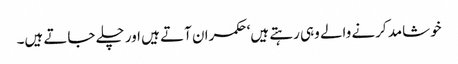
خوشامد کرنے والے وہی رہتے ہیں‘ حکمران آتے ہیں اور چلے جاتے ہیں۔